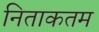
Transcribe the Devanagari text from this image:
निताकतम